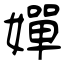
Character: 嬋